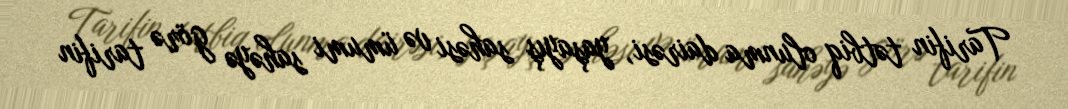
Tarifin tətbiq olunma dairəsi, yaşayış sahəsi və ümumi sahəyə görə tarifin